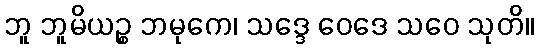
ဘူ ဘူမိယဉ္စ ဘမုကေ၊ သဒ္ဒေ ဝေဒေ သဝေ သုတိ။